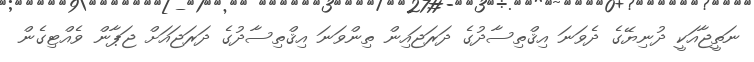
ނަތީޖާއަކީ ދުނިޔޭގެ ދެވަނަ އިޤްތިސާދުގެ ދަރަޖައިން ތިންވަނަ އިޤްތިސާދުގެ ދަރަޖައަށް ޖަޕާން ވެއްޓިގެން